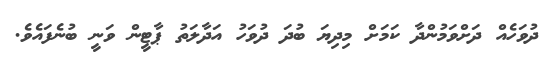
ދުވަހެއް ދަށްވަމުންދާ ކަމަށް މިދިޔަ ބުދަ ދުވަހު އަދާލަތު ޕާޓީން ވަނީ ބުނެފައެވެ.